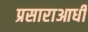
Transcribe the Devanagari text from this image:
प्रसाराआधी